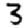
Digit: 3